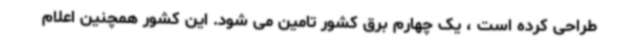
طراحی کرده است ، یک چهارم برق کشور تامین می شود. این کشور همچنین اعلام